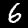
Label: 6